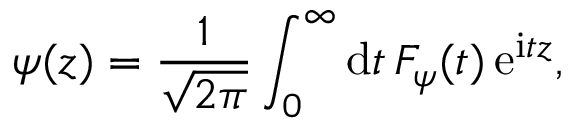
\psi ( z ) = { \frac { 1 } { \sqrt { 2 \pi } } } \int _ { 0 } ^ { \infty } \mathrm { d } t \, F _ { \psi } ( t ) \, \mathrm { e } ^ { \mathrm { i } t z } ,